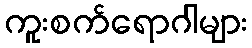
ကူးစက်ရောဂါများ